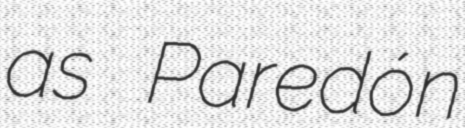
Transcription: as Paredón